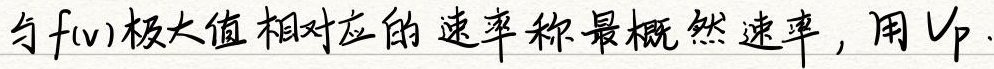
与\(f(v)\)极大值相对应的速率称最概然速率，用\(v_{p}\) 。